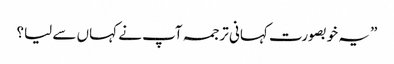
” یہ خوبصورت کہانی ترجمہ آپ نے کہاں سے لیا؟